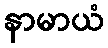
နာမာယံ